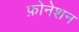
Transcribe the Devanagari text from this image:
फ़ोनेशन